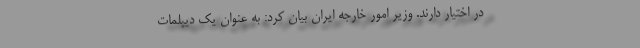
در اختیار دارند. وزیر امور خارجه ایران بیان کرد: به عنوان یک دیپلمات